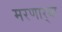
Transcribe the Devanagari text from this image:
मरणार्‍या